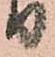
り